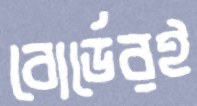
বোর্ডেরই